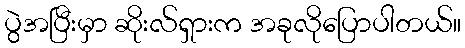
ပွဲအပြီးမှာ ဆိုးလ်ရှားက အခုလိုပြောပါတယ်။